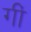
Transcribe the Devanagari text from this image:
गीं